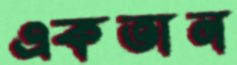
একতান